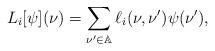
LaTeX: \begin{align*}L_i [\psi](\nu) = \sum_{\nu' \in \mathbb{A}} \ell_i(\nu,\nu') \psi(\nu'),\end{align*}